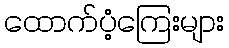
ထောက်ပံ့ကြေးများ